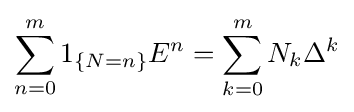
\sum _{n=0}^{m}1_{\{N=n\}}E^{n}=\sum _{k=0}^{m}N_{k}\Delta ^{k}